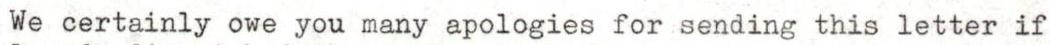
We certainly owe you many apologies for sending this letter if